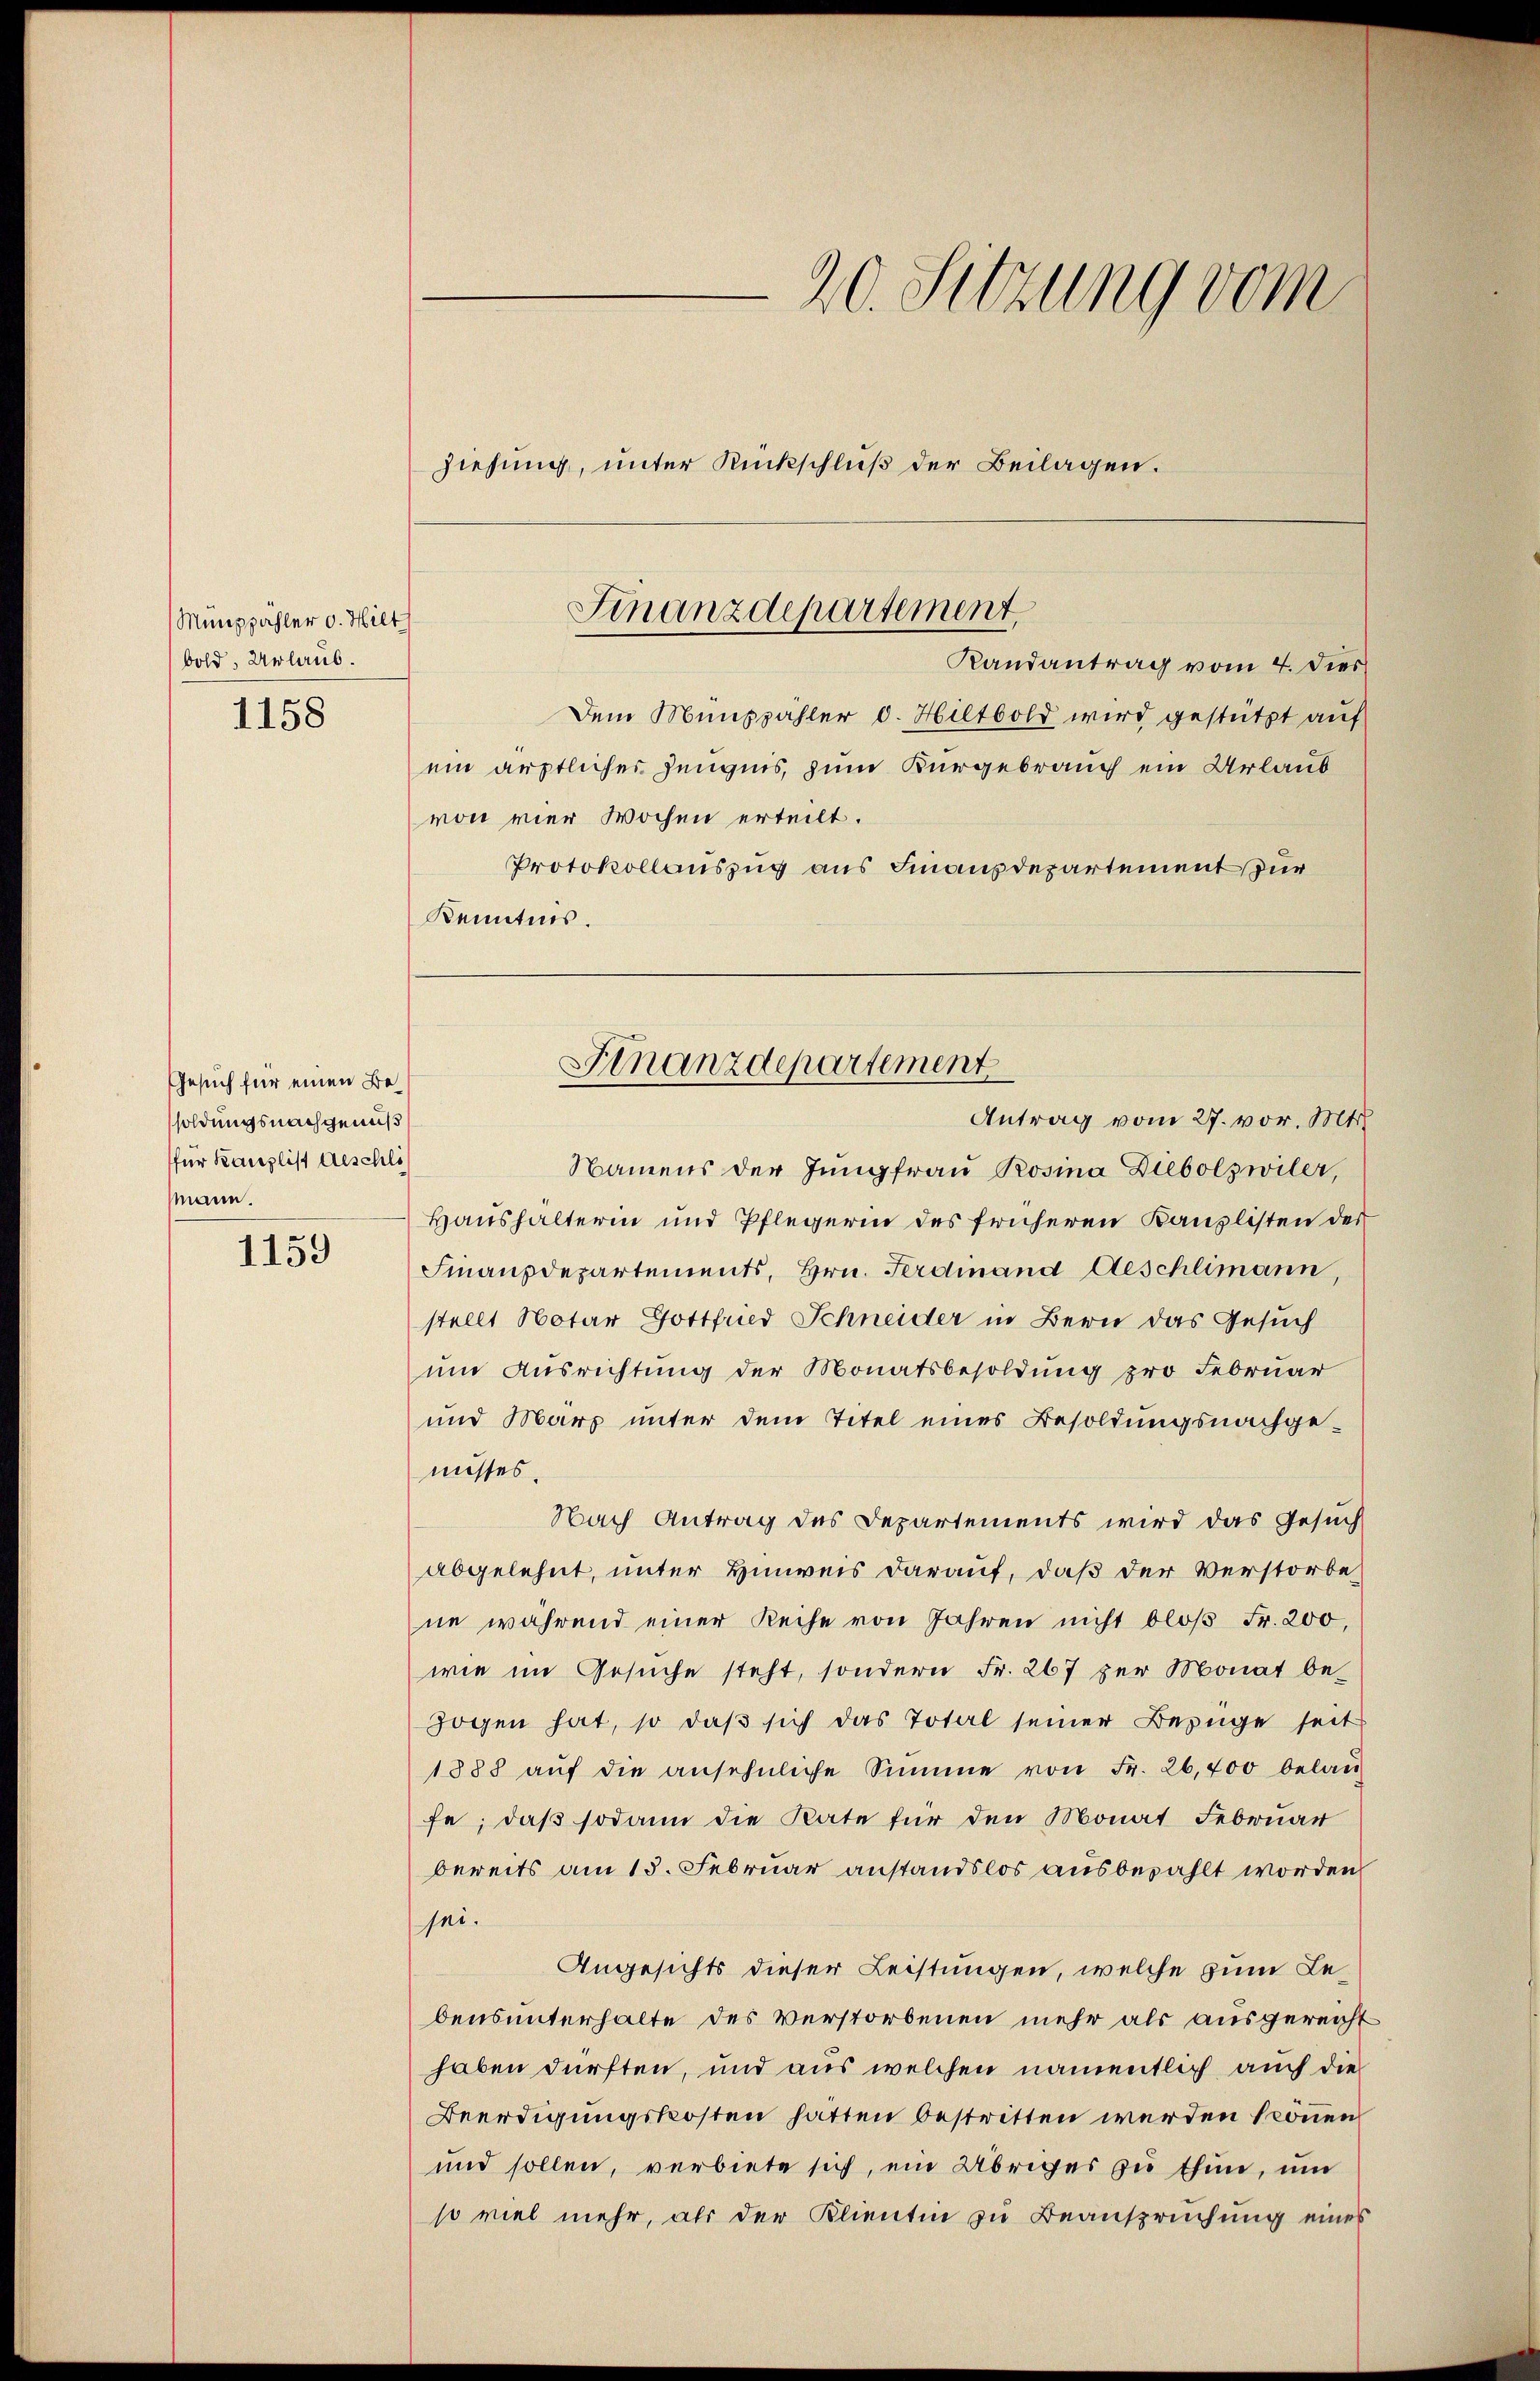
Münppähler v. Hie
bold, Urlaub.

1158

Gesuch für einen Besoldungsnachgenuß
für Kanzlist Aeschli
mann.

1159

20. Sitzung vom
ziehung, unter Rückschluß der Beilagen.

Finanzdepartement.
t
Randantrag vom 4. Dies

Dem Münzpahler d. Hiltbold wird gestützt auf
ein ärztlicher Zeugnis, zum Kurgebrauch ein Urlaub
von vier Wochen erteilt.
Protokollauszug aus Finanzdepartement zur
Kenntnis.

Finanzdepartement
Antrag vom 27. vor. Mts.

Namens der Jungfrau Rosina Diebolzwiler,
Haushälterin und Pflegerin des früheren Kanzlisten des
Finanzdepartements, Hrn. Ferdinand Aeschlimann,
stellt Notar Gottfried Schneider in Bern das Gesuch
um Ausrichtung der Monatsbesoldung pro Februar
und Marz unter dem Titel eines Besoldungsnachge-
nisses.
Nach Antrag des Departements wird das Gesuch
abgelehnt, unter Hinweis darauf, daß der Verstorbe
ne während einer Reihe von Jahren nicht bloß Fr. 200,
wie im Gesuche steht, sondern Fr. 267 zur Monat bezogen hat, so daß sich das Total seiner Bezüge seit
1888 aŭf die ansehnliche Summe von Fr. 26,400 belaŭ
fe; daß sodann die Rate für den Monat Februar
bereits am 15. Februar anstandslos ausbezahlt worden
sei.
Angesichts dieser Leistungen, welche zum Lebensunterhalte des Verstorbenen mehr als ausgereicht
haben dürften, und aus welchen namentlich auch die
Beerdigungskosten hatten bestritten werden können.
und sollen, verbiete sich, ein Übriges zu thun, um
so viel mehr, als der Klientin zu Beanspruchung eines